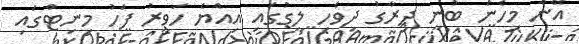
އޭނާ މިހެން ބުނީ ދިރާގު ދިވެހި ލީގުގައި އިއްޔެ ހަވީރު ފަހު މިނިޓްގައި